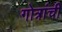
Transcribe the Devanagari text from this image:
गोत्रांची